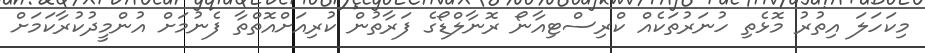
މިކަހަލަ އިތުރު މޮޅެތި ހުނަރުތަކެއް ކްރިސްޓިއާނޯ ރޮނާލްޑޯގެ ފަރާތުން ކުރިއަށްއޮތްތާ ފެނުމަށް އުންމީދުކުރާކަމަށް